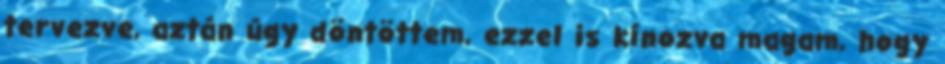
tervezve, aztán úgy döntöttem, ezzel is kínozva magam, hogy